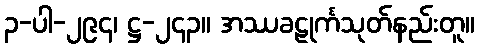
၃-ပါ-၂၉၄၊ ဋ္ဌ-၂၄၃။ အဿခဠုင်္ကသုတ်နည်းတူ။